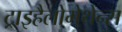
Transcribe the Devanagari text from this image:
ट्राइहैलोमेथेन्स